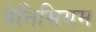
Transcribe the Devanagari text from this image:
पेनिसियम